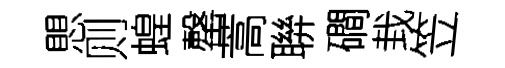
愳则蝗罄蒿聨磵㘽笠